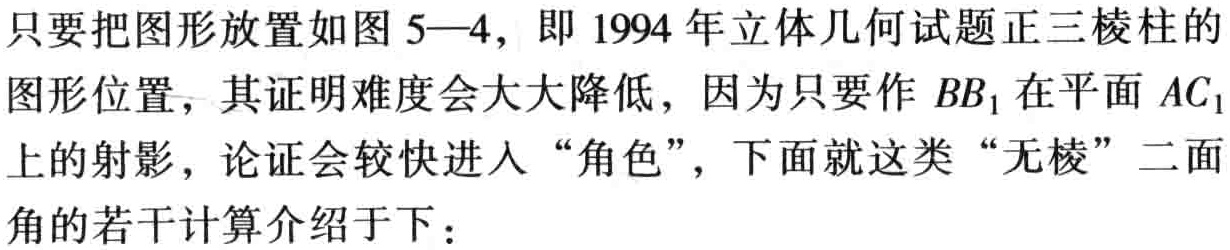
只要把图形放置如图 5—4，即 1994 年立体几何试题正三棱柱的

图形位置，其证明难度会大大降低，因为只要作 \(BB_{1}\) 在平面 \(AC_{1}\)

上的射影，论证会较快进入 “角色”，下面就这类 “无棱” 二面

角的若干计算介绍于下：